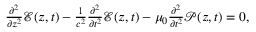
\begin{array} { r } { \frac { \partial ^ { 2 } } { \partial z ^ { 2 } } \mathcal { E } ( z , t ) - \frac { 1 } { c ^ { 2 } } \frac { \partial ^ { 2 } } { \partial t ^ { 2 } } { \mathcal { E } } ( z , t ) - \mu _ { 0 } \frac { \partial ^ { 2 } } { \partial t ^ { 2 } } { \mathcal { P } } ( z , t ) = 0 , } \end{array}